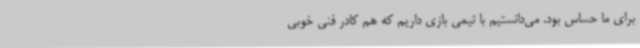
برای ما حساس بود. می‌دانستیم با تیمی بازی داریم که هم کادر فنی خوبی